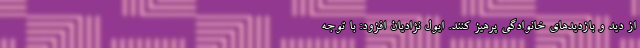
از دید و بازدیدهای خانوادگی پرهیز کنند. ایول نژادیان افزود: با توجه